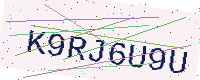
Text: K9RJ6U9U